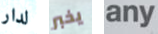
لدار يخبر any